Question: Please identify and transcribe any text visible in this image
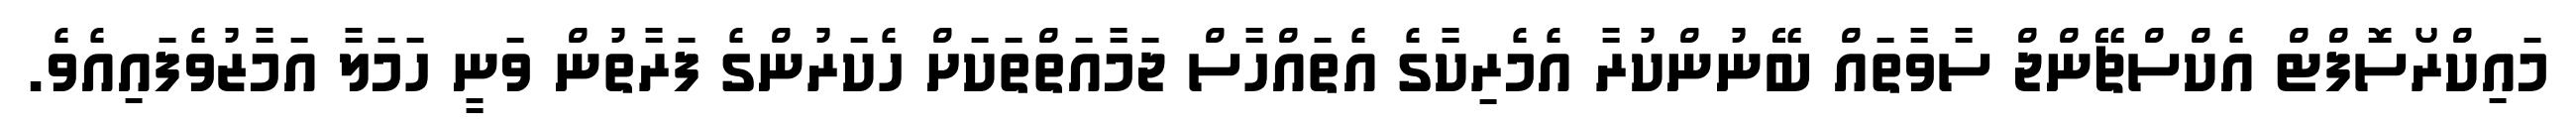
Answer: މައިކްރޯސޮފްޓް އެކްސްޗޭންޖް ސާވާތައް ބޭނުންކުރާ އެމެރިކާގެ އެތައްހާސް ޖަމާއަތްތަކަށް ހެކަރުންގެ ފަރާތުން ވަނީ ހަމަލާ އަމާޒުވެފައިއެވެ.